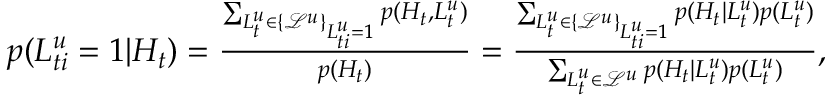
\begin{array} { r } { p ( L _ { t i } ^ { u } = 1 | H _ { t } ) = \frac { \sum _ { L _ { t } ^ { u } \in \{ \mathcal { L } ^ { u } \} _ { L _ { t i } ^ { u } = 1 } } p ( H _ { t } , L _ { t } ^ { u } ) } { p ( H _ { t } ) } = \frac { \sum _ { L _ { t } ^ { u } \in \{ \mathcal { L } ^ { u } \} _ { L _ { t i } ^ { u } = 1 } } p ( H _ { t } | L _ { t } ^ { u } ) p ( L _ { t } ^ { u } ) } { \sum _ { L _ { t } ^ { u } \in \mathcal { L } ^ { u } } p ( H _ { t } | L _ { t } ^ { u } ) p ( L _ { t } ^ { u } ) } , } \end{array}